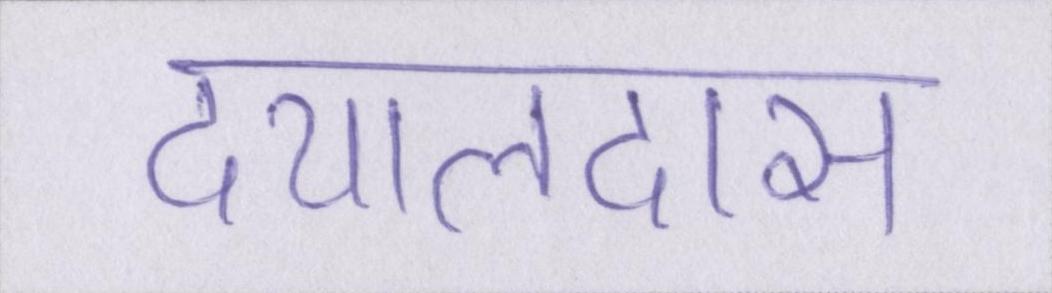
दयालदास